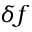
\delta f